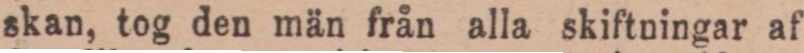
skan, tog den män från alla skiftningar af